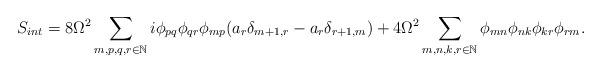
LaTeX: \begin{align*}S_{int}=8\Omega^2\sum_{m,p,q,r\in\mathbb{N}}i\phi_{pq}\phi_{qr}\phi_{mp}(a_r\delta_{m+1,r}-a_r\delta_{r+1,m})+4\Omega^2\sum_{m,n,k,r\in\mathbb{N}}\phi_{mn}\phi_{nk}\phi_{kr}\phi_{rm}.\end{align*}